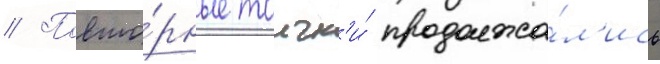
// Повто́рные толчк'и́ продолжа́л'ись